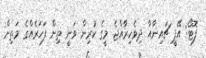
ފޮޓޯ: އޭޕީ ޗައިނާއާ ދިވެހިރާއްޖެ މީގެ ކުރިން ވަނީ ތިން ފަހަރެއްގެ މަތިން